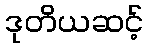
ဒုတိယဆင့်